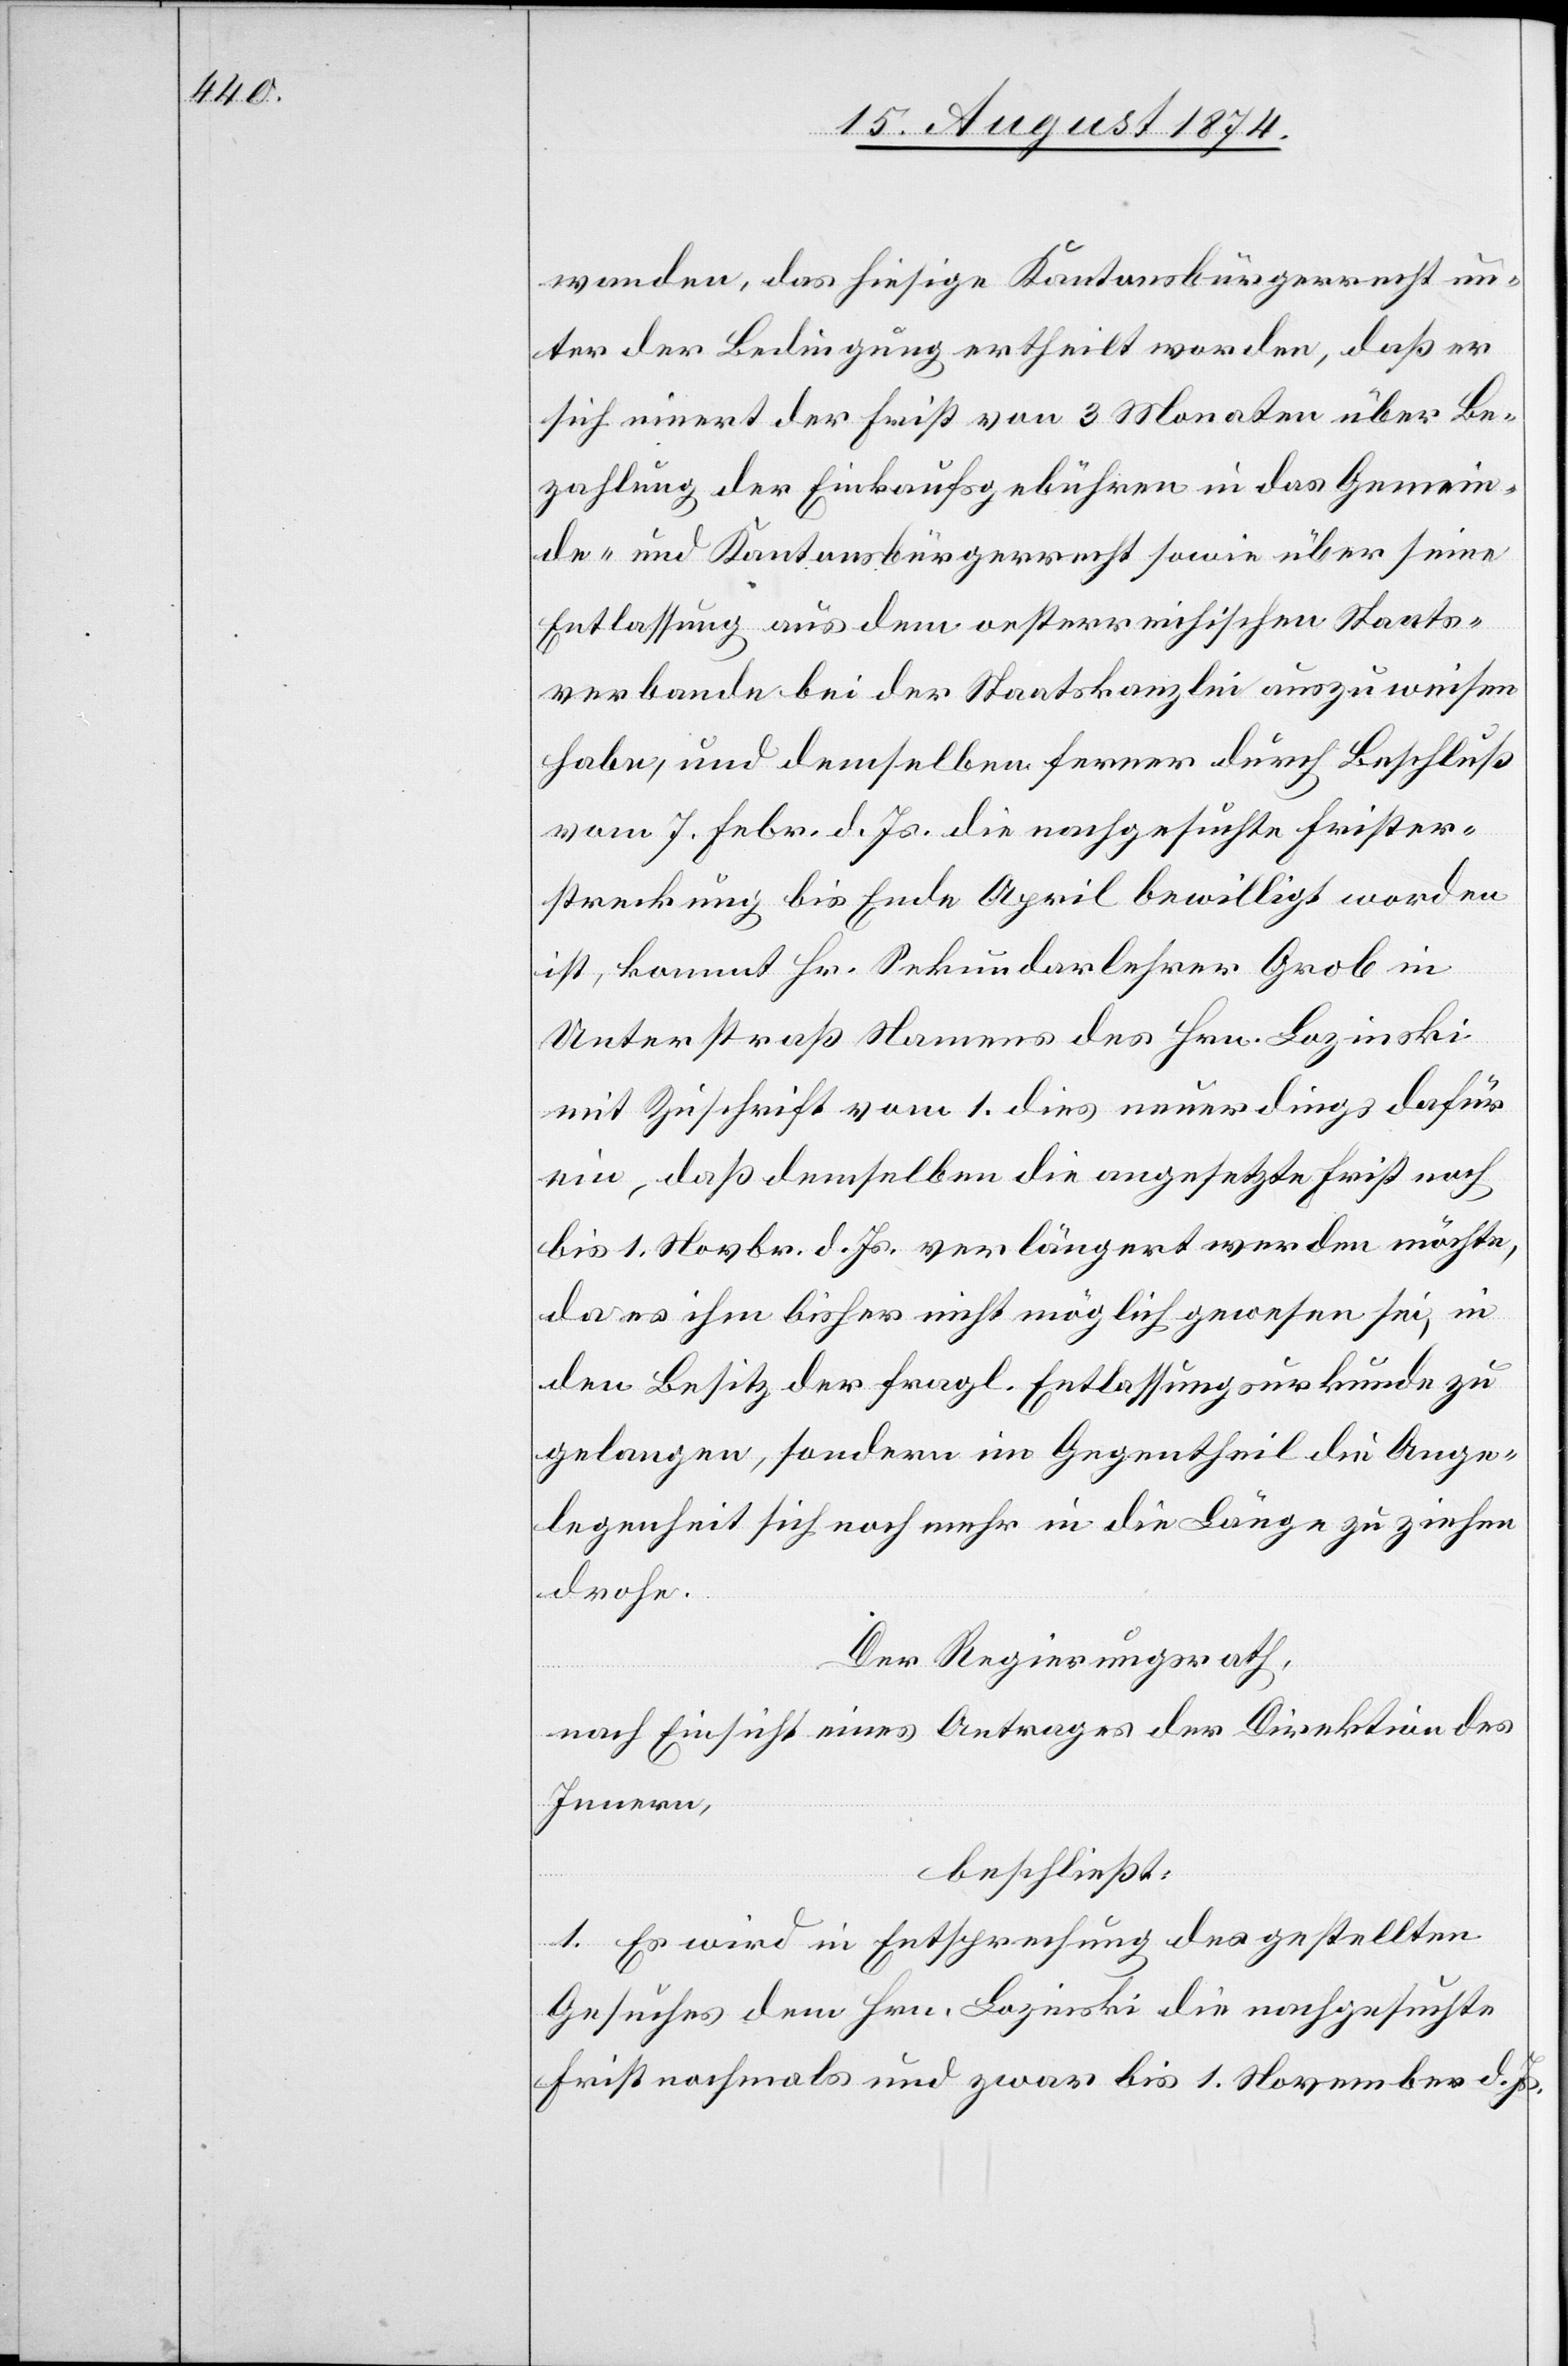
wanden, das hiesige Kantonsbürgerrecht un¬
ter der Bedingung ertheilt worden, daß er
sich innert der Frist von 3 Monaten über Be¬
zahlung der Einkaufsgebühren in das Gemein¬
de- und Kantonsbürgerrecht sowie über seine
Entlassung aus dem oesterreichischen Staats¬
verbande bei der Staatskanzlei auszuweisen
habe, und demselben ferner durch Beschluß
vom 7. Febr. d. Js. die nachgesuchte Frister¬
streckung bis Ende April bewilligt worden
ist, kommt Hr. Sekundarlehrer Grob in
Unterstraß Namens des Hrn. Lonzinski
mit Zuschrift vom 1. dies neuerdings dafür
ein, daß demselben die angesetzte Frist noch
bis 1. Novbr. d. Js. verlängert werden möchte,
da es ihm bisher nicht möglich gewesen sei, in
den Besitz der fragl. Entlassungsurkunde zu
gelangen, sondern im Gegentheil die Ange¬
legenheit sich noch mehr in die Länge zu ziehen
drohe.
Der Regierungsrath,
nach Einsicht eines Antrages der Direktion des
Innern,
beschließt:
1. Es wird in Entsprechung des gestellten
Gesuches dem Hrn. Lozinski die nachgesuchte
Frist nochmals und zwar bis 1. November d. Js.